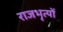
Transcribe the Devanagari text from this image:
राजभृत्यों